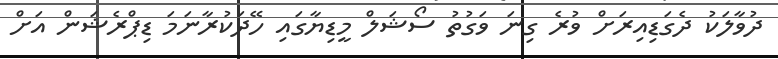
ދުވާލަކު ދެގަޑިއިރަށް ވުރެ ގިނަ ވަގުތު ސޯޝަލް މީޑިޔާގައި ހޭދަކުރާނަމަ ޑިޕްރެޝަން އަށް